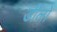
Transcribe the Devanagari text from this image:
डीलों